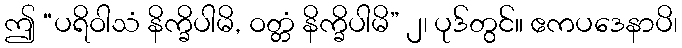
ဤ “ပရိဝါသံ နိက္ခိပါမိ, ဝတ္တံ နိက္ခိပါမိ” ၂၊ ပုဒ်တွင်။ ဧကပဒေနာပိ၊